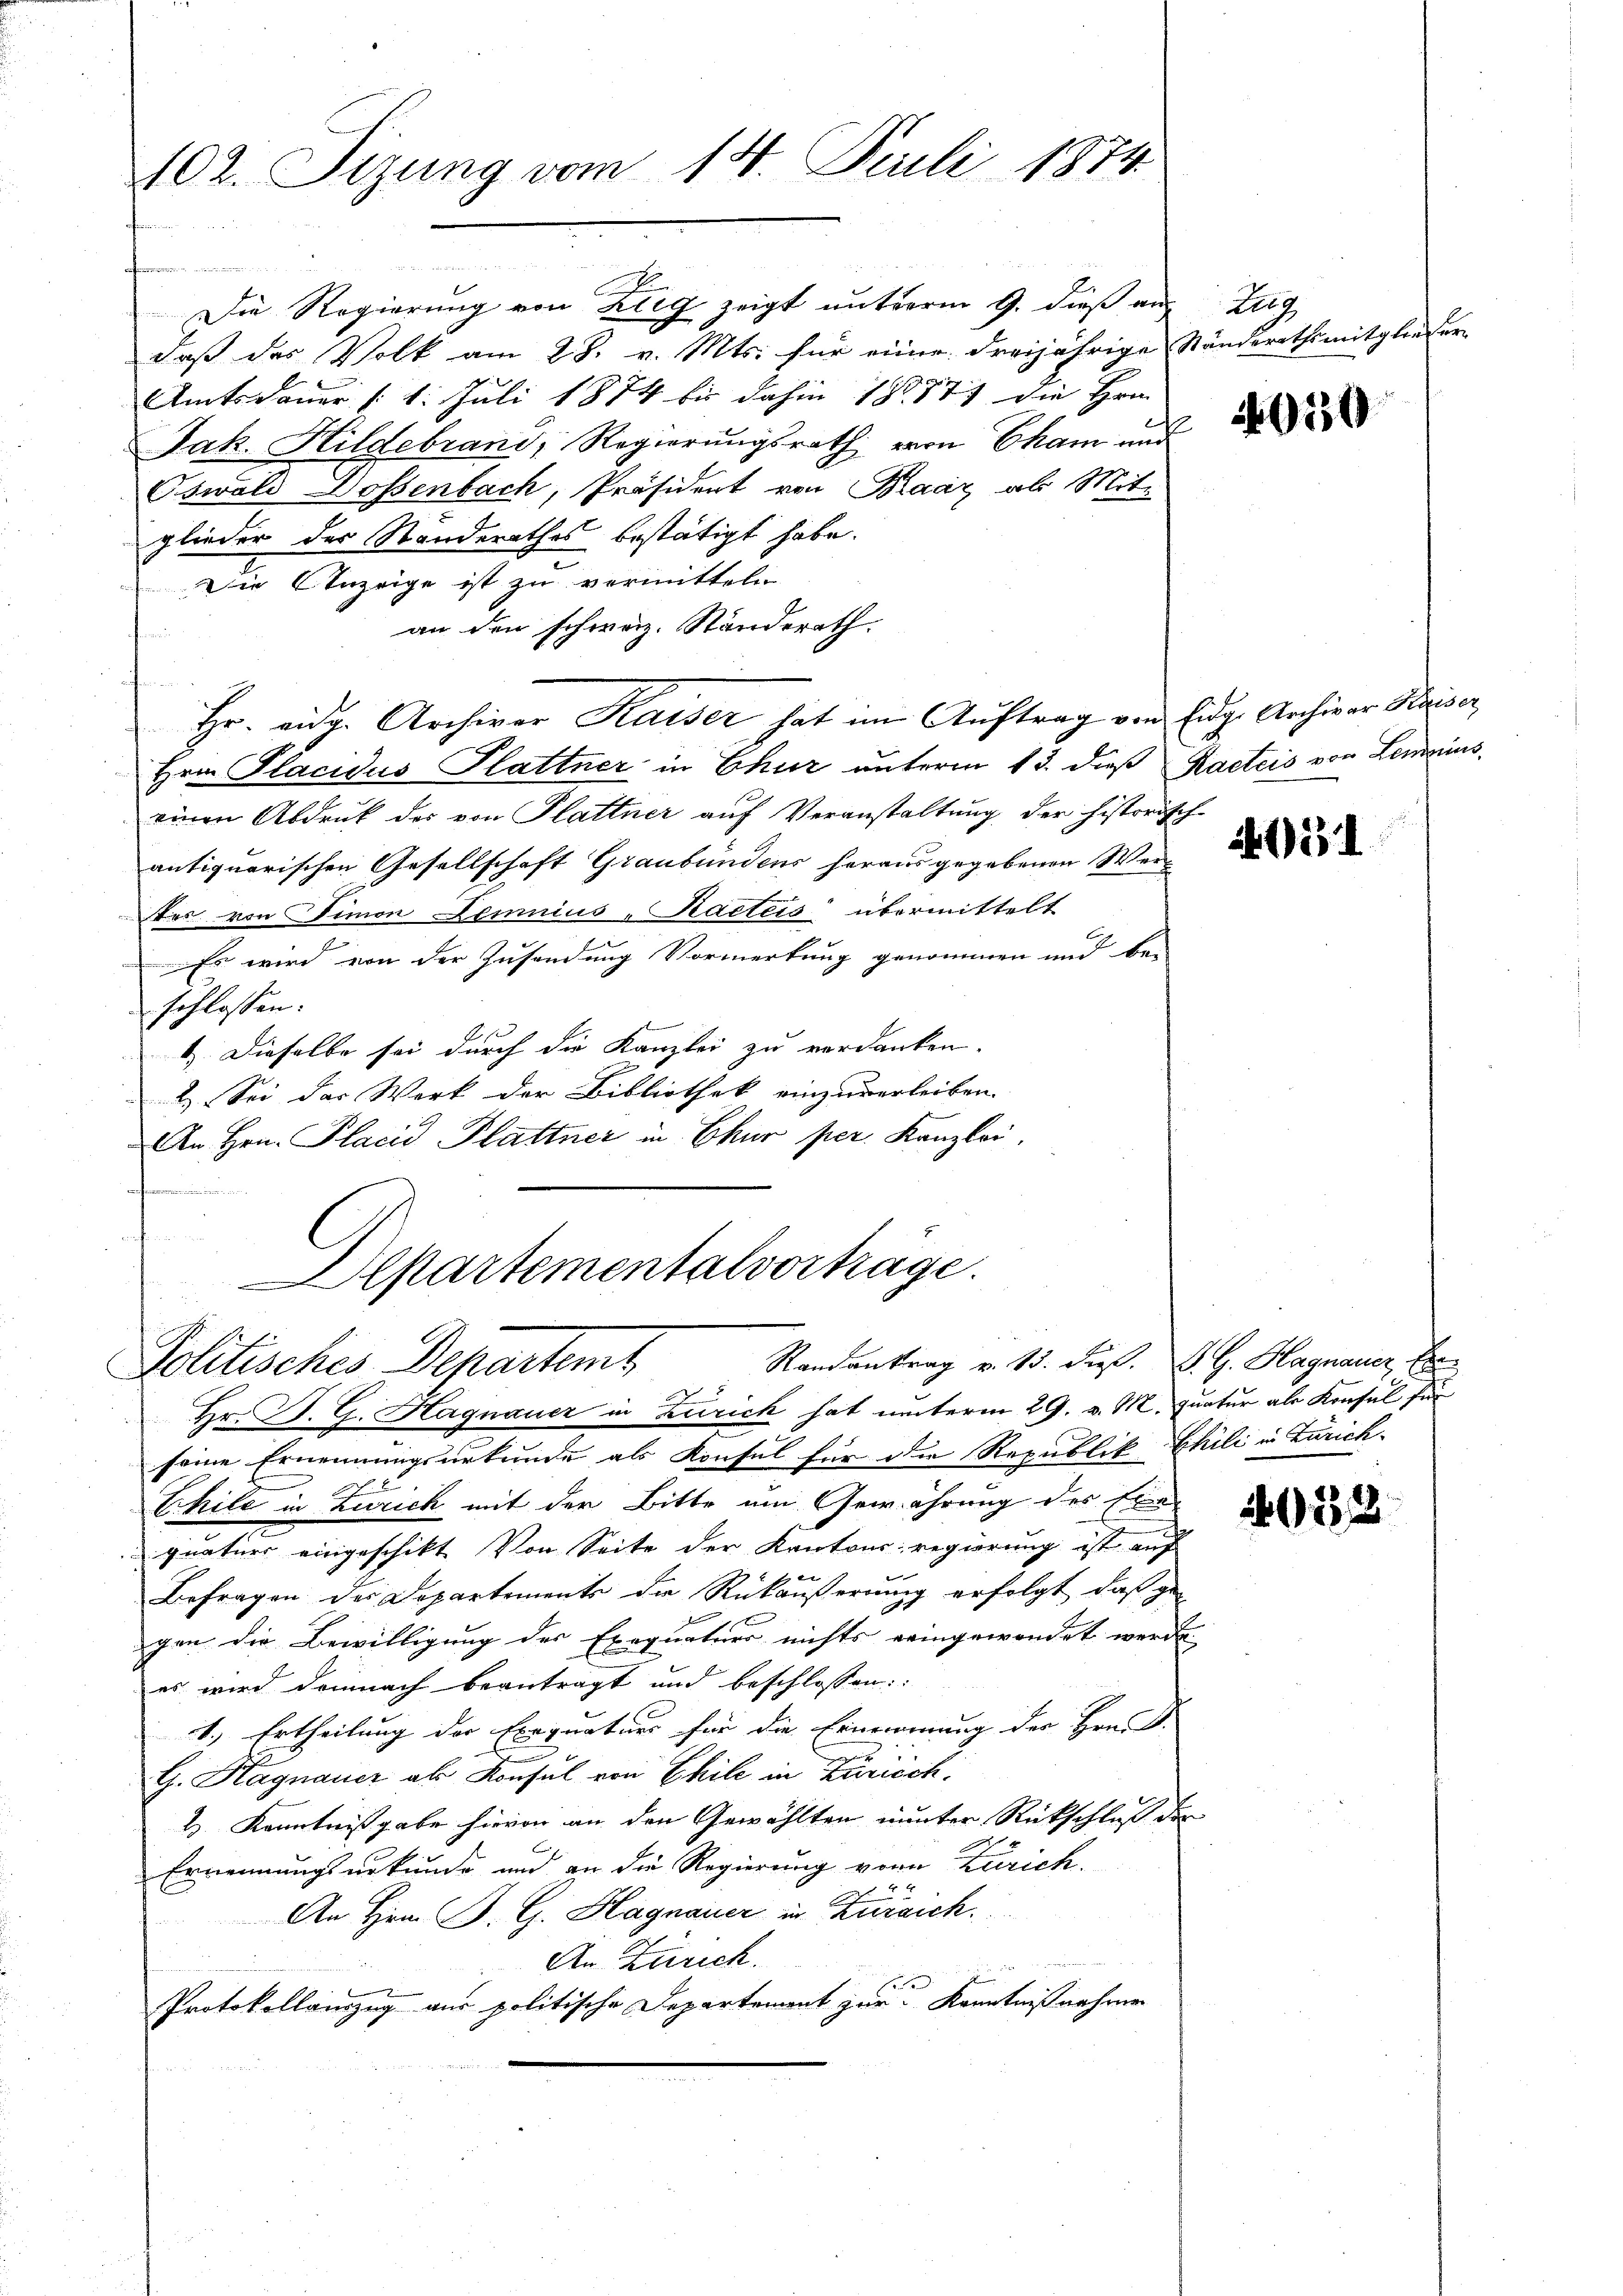
102. Sizung vom 14. Juli 1874
4

üstritt der

Die Regierung von Kleg zeigt unterm 9. dieß au
daß das Volk am 28. v. Mts. für einer dreijährige Ständerathsmitglieder-
Amtsdauer /: 1. Juli 1874 bis dahin 18887) die Hrn.
Jak. Hildebrand, Regierungsrath von Cham und
Oswald Dossenbach, Präsident von Baar als Mit-
glieder der Standerathes bestätigt habe.
Die Anzeige ist zu vermitteln
an den schweiz. Standerath.
Hr. eidg. Archiver Kaiser hat im Auftrag von Eidg. Archivar Kaiser
d
Hrn. Placidus Hattner in Chur unterm 13. dieß Karteis von Lemains,
einen Abdruck der von Plattner auf Veranstaltung der historisch-
antiquarischen Gesellschaft Graubündens heraus gegebenen Weider von Simon Demuius-Kacteis übermittelt
Es wird von der Zusendung Vormerkung genommen und be-
schlossen:
b
1. Dieselbe sei durch die Kanzlei zu verdanken.
2. Sei das Werk der Bibliothek einzuverleiben.
An Hrn. Placid Plattner in Chur per Kanzlei.

s
Alpartementalvertrage.

Randantrag v. 13. dieß. S. G. Hagnauer Er
Politisches Departemb

Hr. P. G. Hagnauer in Zürich hat unterm 29. v. M. quatur als Konsul für
seine Ernennungsurkunde als Konsul für die Republik Chili in Zürich-
Chile in Zürich mit der Bitte um Gewährung des Exequaturs eingeschikt von Seite der Kantonsregierung ist auf
Befragen der Dopartements die Rückäŭβerŭng erfolgt, daß ge-
gen die Bewilligung des Exequaturs nichts reingewendet werde.
es wird demnach beantragt und beschlossen:
1.) Ertheilung der Exequaturs für die Ernennung der Hrn. F.
G. Hagnauer als Konsul von Chile in Zürich.
2 Kenntnißgabe hievon an den Gewählten nunter Rückschluß der
Ernennungsurkunde und an die Regierung von Zürich.
s
An Hrn. B. G. Hagnauer in Zürich.
An Zürich.
Protokollauszug aus politische Departement zur Kenntnißnahme

A

910

155

2033